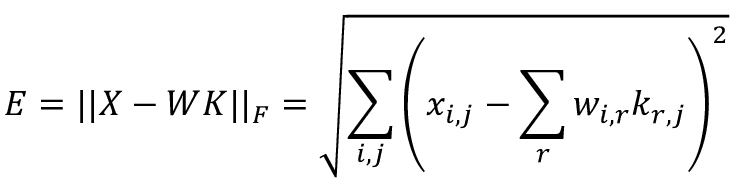
E = | | X - W K | | _ { F } = \sqrt { \sum _ { i , j } \left( x _ { i , j } - \sum _ { r } w _ { i , r } k _ { r , j } \right) ^ { 2 } }